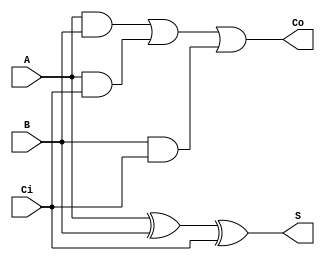
`timescale 1ns / 1ps

// Full Adder
// Building block for ripple carry adder
// CECS 201
// Justin Maeder; 015906629

module FullAdder(A,B,Ci,S,Co);
    input A, B;   //data inputs
    input Ci;     //carry in
    output Co;    //carry out
    output S;     //sum
	 wire S,Co;    //declare the data types
	 assign #5 S=A ^ B ^ Ci;
	 assign #7 Co=A&B|A&Ci|B&Ci;
    


endmodule